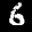
Label: 6